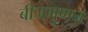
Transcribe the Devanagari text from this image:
बीजगुणन